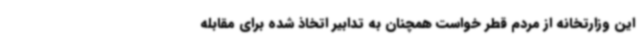
این وزارتخانه از مردم قطر خواست همچنان به تدابیر اتخاذ شده برای مقابله